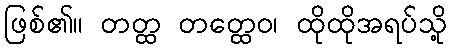
ဖြစ်၏။ တတ္ထ တတ္ထေဝ၊ ထိုထိုအရပ်သို့